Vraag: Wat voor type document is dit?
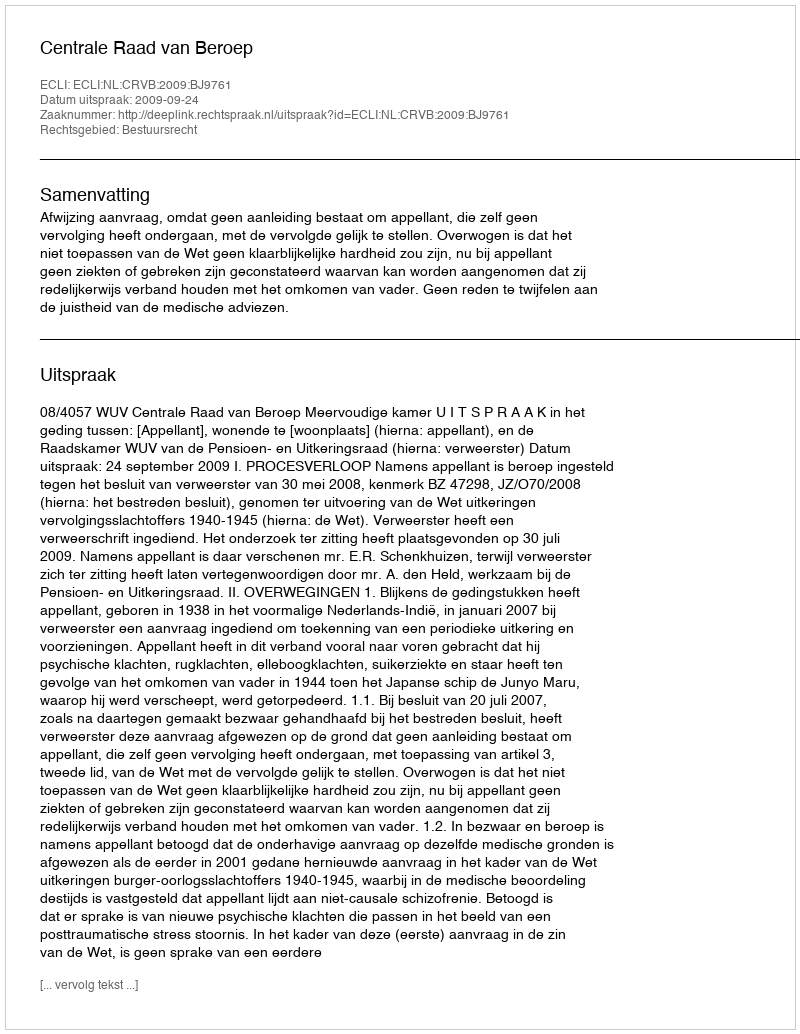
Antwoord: Uitspraak